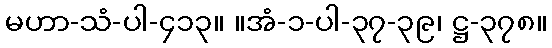
မဟာ-သံ-ပါ-၄၁၃။ ။အံ-၁-ပါ-၃၇-၃၉၊ ဋ္ဌ-၃၇၈။